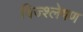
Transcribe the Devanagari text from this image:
विज्श्लेषण